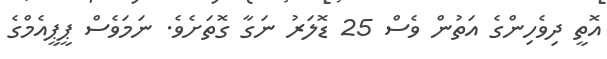
އޮތީ ދިވެހިންގެ އަތުން ވެސް 25 ޑޮލަރު ނަގާ ގޮތަށެވެ. ނަމަވެސް ޕީޕީއެމްގެ